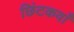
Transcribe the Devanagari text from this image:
छिंटकवाँ